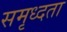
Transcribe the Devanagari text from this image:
समृध्दता